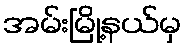
အမ်းမြို့နယ်မှ